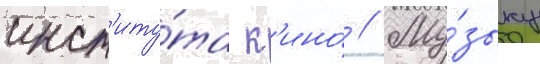
инст'иту́та к'ино́ // Му́зыку